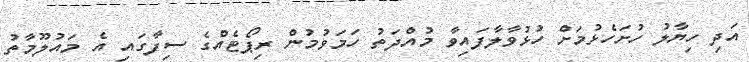
އަދި ހިޔާލު ހުށަހެޅުމަށް ހުޅުވާލާފައިވާ މުއްދަތު ހަމަވުމުން ރިޕޯޓެއްގެ ސިފާގައި އެ މައުލޫމާތު